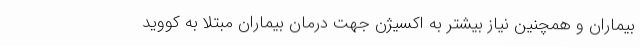
بیماران و همچنین نیاز بیشتر به اکسیژن جهت درمان بیماران مبتلا به کووید